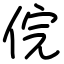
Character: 俒